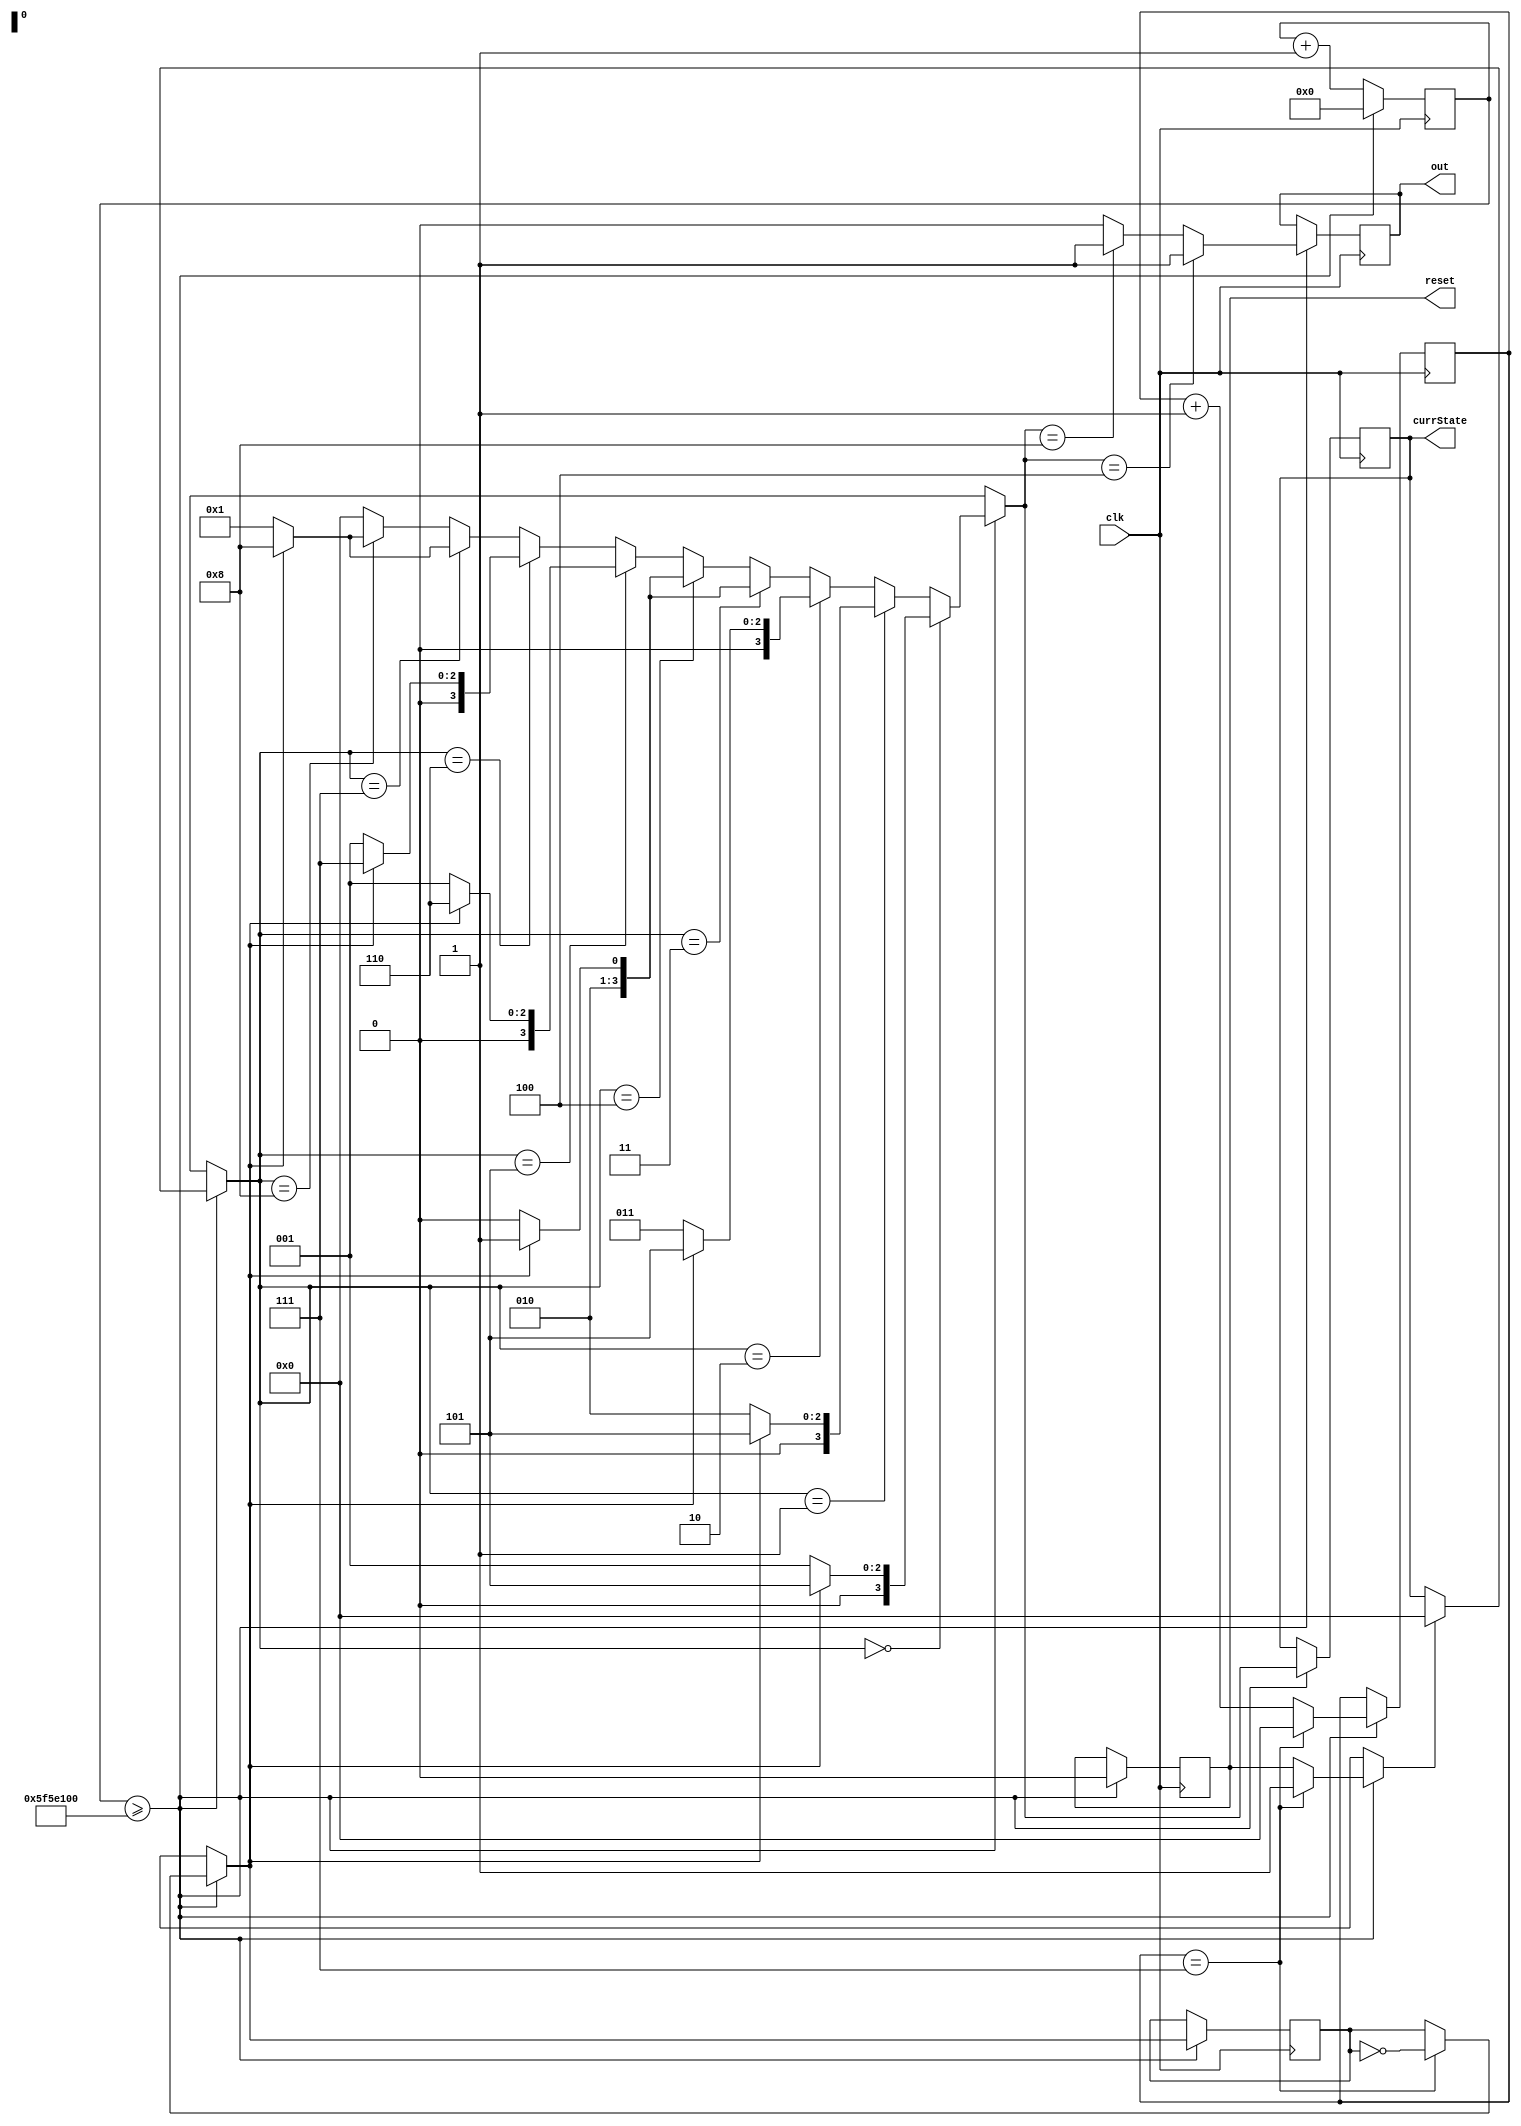
module lab6_1(out, reset, currState, clk);

output reg out; 
output reg [3:0] currState = 0;
input clk;

//coze bin(8) = 0b1000;
reg [3:0] StateA = 0, StateB = 1, StateC = 2,
		StateD = 3, StateE = 4, StateF = 5, 
		StateG = 6, StateH = 7, StateI = 8;

reg w = 0;

reg[31:0] front = 0;
output reg reset = 0;

reg[3:0] reset_sec_count = 0;

always @ (posedge clk)
begin

	if (front >= 32'd100000000)
	begin
		if (reset_sec_count == 7)
		begin
			reset_sec_count = 0;
			reset = 1;
			w = ~w;
		end
		else
			reset_sec_count = reset_sec_count + 1;
		
		if (reset == 1) 
		begin
			currState = StateA;
			reset = 0;
		end	
		
		front <= 32'd0;
		case(currState)
			StateA:
				if (w == 1'b1)
					currState = StateF;
				else 
					currState = StateB;
			
			StateB:
				if (w == 1'b1)
					currState = StateF;
				else 
					currState = StateC;
				
			StateC:
				if (w == 1'b1)
					currState = StateF;
				else 
					currState = StateD;
			StateD:
				if (w == 1'b1)
					currState = StateF;
				else 
					currState = StateE;
			StateE:
				if (w == 1'b1)
					currState = StateF;
				else 
					currState = StateE;
			StateF:
				if (w == 1'b1)
					currState = StateG;
				else 
					currState = StateB;		
			StateG:
				if (w == 1'b1)
					currState = StateH;
				else 
					currState = StateB;
			StateH:
				if (w == 1'b1)
					currState = StateI;
				else 
					currState = StateB;
			StateI:
				if (w == 1'b1)
					currState = StateI;
				else 
					currState = StateB;
			default:
				currState = StateA;
		endcase

		case(currState)
			StateE:
				out = 1'b1;
			StateI:
				out = 1'b1;
			default:
				out = 1'b0;
		endcase
		
	end
	else
	begin
		front <= front + 1'b1;
	end
	
end


endmodule